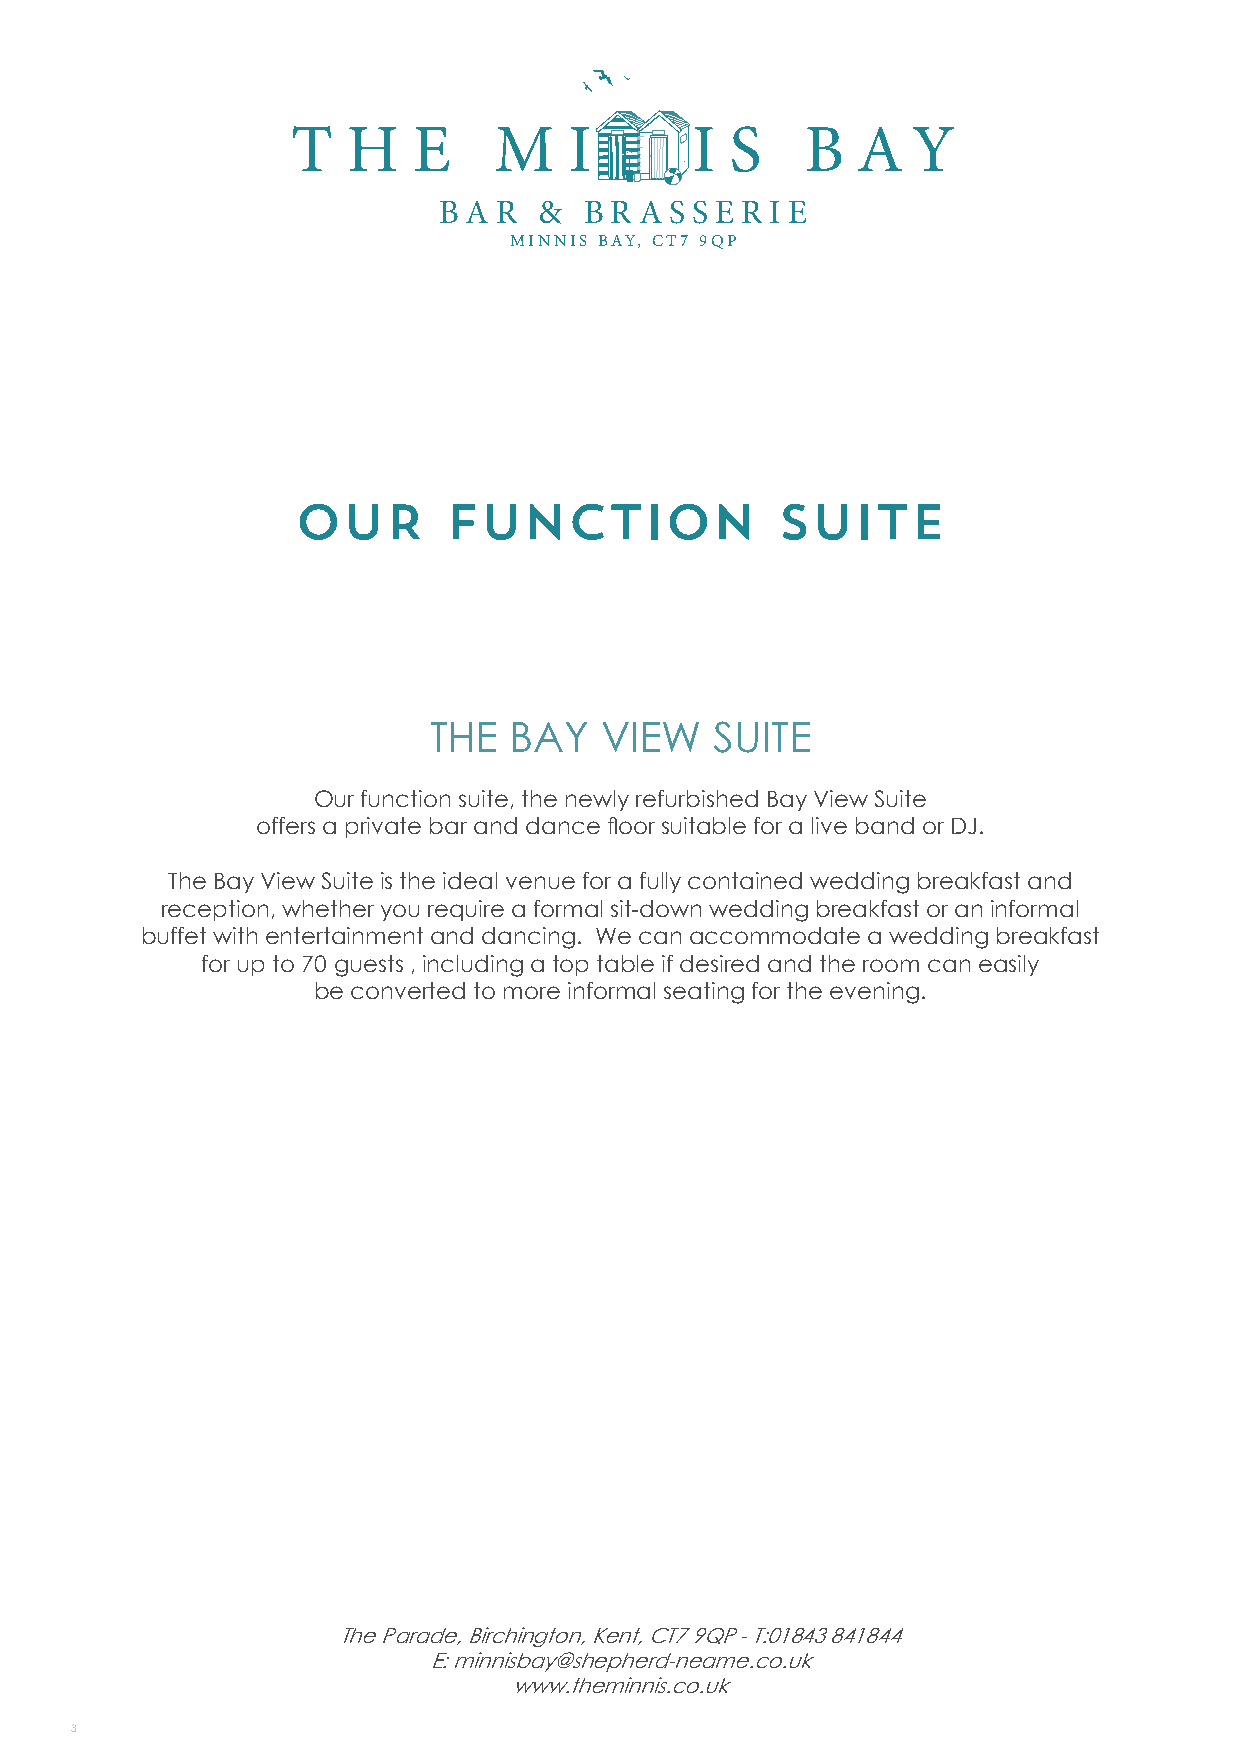
T   HE        M    I       I S    B   A  Y
 B A R  &  B R A S S E R IE
 MINNIS BAY, CT7 9QP
 OUR       FUNCTION              SUITE
 THE   BAY   VIEW   SUITE
 Our function suite, the newly refurbished Bay View Suite
 offers a private bar and dance floor suitable for a live band or DJ.
 The Bay View Suite is the ideal venue for a fully contained wedding breakfast and
 reception, whether you require a formal sit-down wedding breakfast or an informal
 buffet with entertainment and dancing. We can accommodate a wedding breakfast
 for up to 70 guests , including a top table if desired and the room can easily
 be converted to more informal seating for the evening.
 The Parade, Birchington, Kent, CT7 9QP - T:01843 841844
 E: minnisbay@shepherd-neame.co.uk
 www.theminnis.co.uk
 3